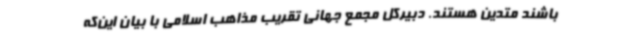
باشند متدین هستند. دبیرکل مجمع جهانی تقریب مذاهب اسلامی با بیان این‌که